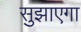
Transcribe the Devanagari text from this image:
सुझाएगा